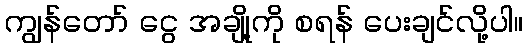
ကျွန်တော် ငွေ အချို့ကို စရန် ပေးချင်လို့ပါ။